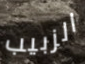
الزبيب